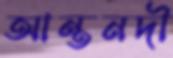
আন্তনদী